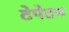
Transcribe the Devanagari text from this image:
टेपेटम